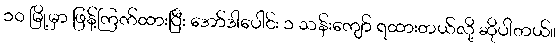
၁၀ မြို့မှာ ဖြန့်ကြက်ထားပြီး အော်ဒါပေါင်း ၁ သန်းကျော် ရထားတယ်လို့ ဆိုပါတယ်။